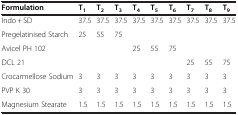
<table><thead><tr><td><b>Formulation</b></td><td><b>T<sub>1</sub></b></td><td><b>T<sub>2</sub></b></td><td><b>T<sub>3</sub></b></td><td><b>T<sub>4</sub></b></td><td><b>T<sub>5</sub></b></td><td><b>T<sub>6</sub></b></td><td><b>T<sub>7</sub></b></td><td><b>T<sub>8</sub></b></td><td><b>T<sub>9</sub></b></td></tr></thead><tbody><tr><td>Indo + SD</td><td>37.5</td><td>37.5</td><td>37.5</td><td>37.5</td><td>37.5</td><td>37.5</td><td>37.5</td><td>37.5</td><td>37.5</td></tr><tr><td>Pregelatinised Starch</td><td>25</td><td>55</td><td>75</td><td> </td><td> </td><td> </td><td> </td><td> </td><td> </td></tr><tr><td>Avicel PH 102</td><td> </td><td> </td><td> </td><td>25</td><td>55</td><td>75</td><td> </td><td> </td><td> </td></tr><tr><td>DCL 21</td><td> </td><td> </td><td> </td><td> </td><td> </td><td> </td><td>25</td><td>55</td><td>75</td></tr><tr><td>Crocarmellose Sodium</td><td>3</td><td>3</td><td>3</td><td>3</td><td>3</td><td>3</td><td>3</td><td>3</td><td>3</td></tr><tr><td>PVP K 30</td><td>3</td><td>3</td><td>3</td><td>3</td><td>3</td><td>3</td><td>3</td><td>3</td><td>3</td></tr><tr><td>Magnesium Stearate</td><td>1.5</td><td>1.5</td><td>1.5</td><td>1.5</td><td>1.5</td><td>1.5</td><td>1.5</td><td>1.5</td><td>1.5</td></tr></tbody></table>